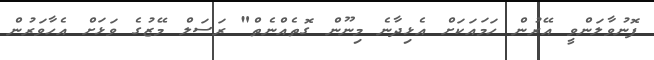
ފޮނުވާލަންވީ އޭރުން ހަމައަކަށް އެޅިދާނެ މިނޫން ގޮތެއްނެތް" ރަސަލް މޭޒުގެ ވަޅަށް އެހާވަރުން